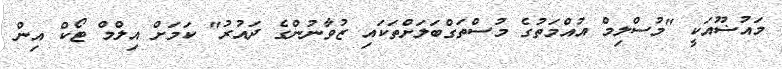
މައުޟޫއަކީ "މުސްލިމް އުއްމަތުގެ މުސްތަގްބަލަށްތަކައި ޒުވާނުންގެ ދައުރު" ކަމަށް އިލްމް ޓޯކް އިން